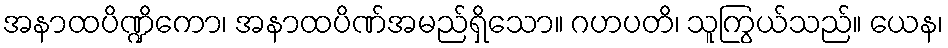
အနာထပိဏ္ဍိကော၊ အနာထပိဏ်အမည်ရှိသော။ ဂဟပတိ၊ သူကြွယ်သည်။ ယေန၊